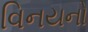
વિનયનો